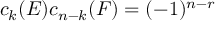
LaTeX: c _ { k } ( E ) c _ { n - k } ( F ) = ( - 1 ) ^ { n - r }